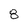
Character: 8